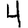
Digit: 4